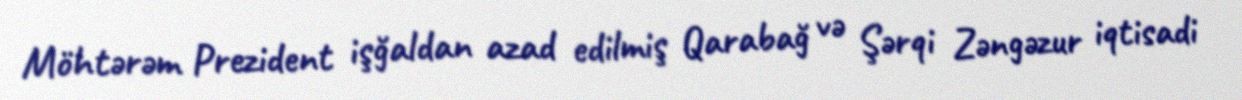
Möhtərəm Prezident işğaldan azad edilmiş Qarabağ və Şərqi Zəngəzur iqtisadi